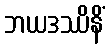
ဘယဒဿိနိံ